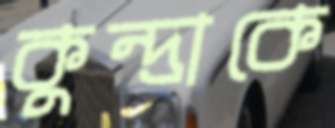
কুন্দ্রাকে